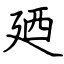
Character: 廼